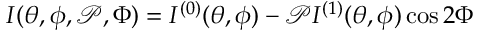
I ( \theta , \phi , \mathscr { P } , \Phi ) = I ^ { ( 0 ) } ( \theta , \phi ) - \mathscr { P } I ^ { ( 1 ) } ( \theta , \phi ) \cos 2 \Phi